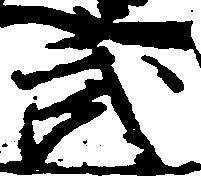
武